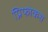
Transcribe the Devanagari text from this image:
प्रिफोकस